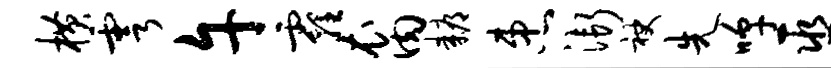
横雩午霾裔耨患渐袂先嗥巫